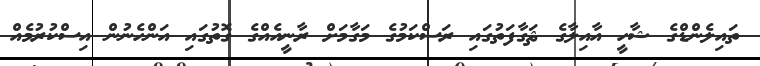
ތައިލެންޑްގެ ޝާހީ އާއިލާގެ ޘަގާފަތުގައި ރަސްކަމުގެ މަގާމަށް ރާނީއެއްގެ ގޮތުގައި އަންހެނުން އިސްކުރުމެއް